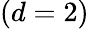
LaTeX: (d=2)